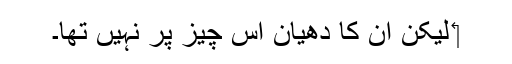
‏ لیکن اُن کا دھیان اِس چیز پر نہیں تھا۔